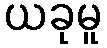
ယခုမူ